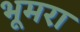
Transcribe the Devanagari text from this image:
भूमरा